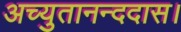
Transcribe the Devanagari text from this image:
अच्युतानन्ददास।